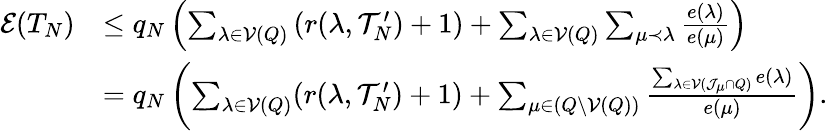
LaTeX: \begin{array}{rl}{\mathcal{E}(T_{N})}&{\le q_{N}\left(\sum_{\lambda\in\mathcal{V}(Q)}\left(r(\lambda,\mathcal{T}_{N}^{\prime})+1\right)+\sum_{\lambda\in\mathcal{V}(Q)}\sum_{\mu\prec\lambda}\frac{e(\lambda)}{e(\mu)}\right)}\\ &{=q_{N}\left(\sum_{\lambda\in\mathcal{V}(Q)}(r(\lambda,\mathcal{T}_{N}^{\prime})+1)+\sum_{\mu\in(Q\backslash\mathcal{V}(Q))}\frac{\sum_{\lambda\in\mathcal{V}(\mathcal{J}_{\mu}\cap Q)}e(\lambda)}{e(\mu)}\right).}\end{array}